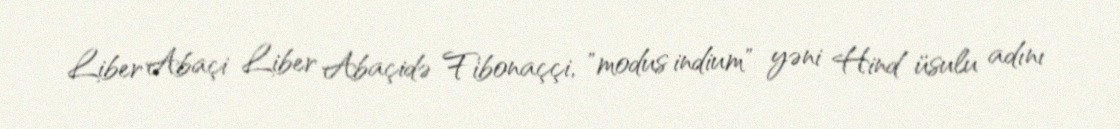
Liber Abaçi Liber Abaçidə Fibonaççi, "modus indium" yəni Hind üsulu adını